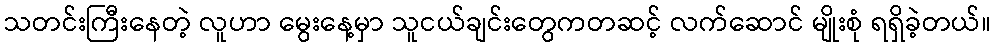
သတင်းကြီးနေတဲ့ လူဟာ မွေးနေ့မှာ သူငယ်ချင်းတွေကတဆင့် လက်ဆောင် မျိုးစုံ ရရှိခဲ့တယ်။